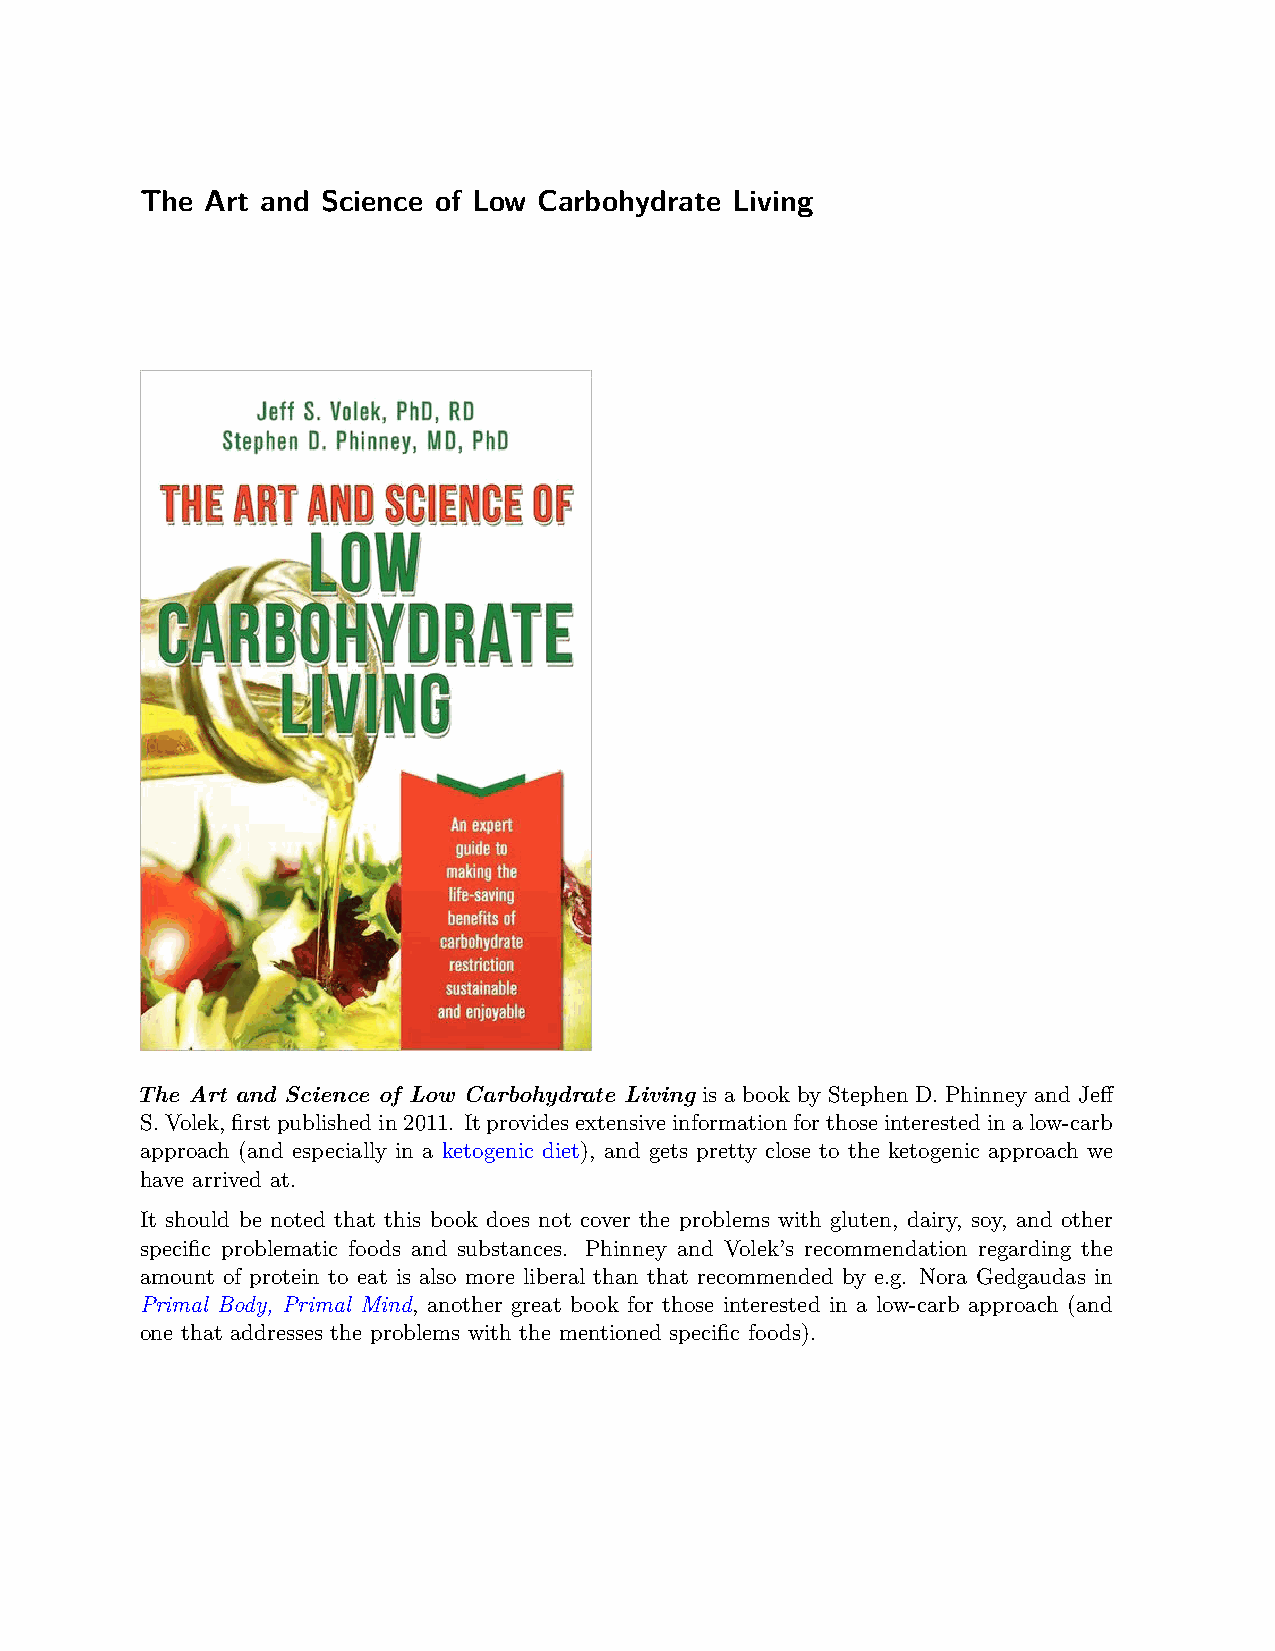
The  Art and Science of Low Carbohydrate Living
 The Art and Science of Low Carbohydrate Living is a book by Stephen D. Phinney and Jeff
 S.Volek,firstpublishedin2011. Itprovidesextensiveinformationforthoseinterestedinalow-carb
 approach (and especially in a ketogenic diet), and gets pretty close to the ketogenic approach we
 have arrived at.
 It should be noted that this book does not cover the problems with gluten, dairy, soy, and other
 specific problematic foods and substances. Phinney and Volek’s recommendation regarding the
 amount of protein to eat is also more liberal than that recommended by e.g. Nora Gedgaudas in
 Primal Body, Primal Mind, another great book for those interested in a low-carb approach (and
 one that addresses the problems with the mentioned specific foods).